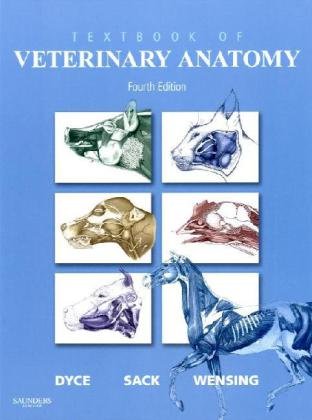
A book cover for Textbook of Veterinary Anatomy, 4e; Keith M. Dyce DVM & S  BSc  MRCVS; Medical Books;